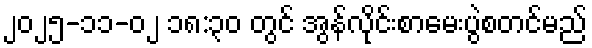
၂၀၂၅-၁၁-၀၂ ၁၈:၃၀ တွင် အွန်လိုင်းစာမေးပွဲစတင်မည်